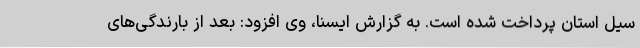
سیل استان پرداخت شده است. به گزارش ایسنا، وی افزود: بعد از بارندگی‌های